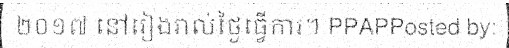
២០១៧ នៅរៀងរាល់ថ្ងៃធ្វើការ។ PPAPPosted by: